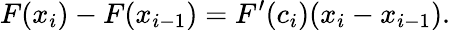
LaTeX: F(x_{i})-F(x_{i-1})=F^{\prime}(c_{i})(x_{i}-x_{i-1}).